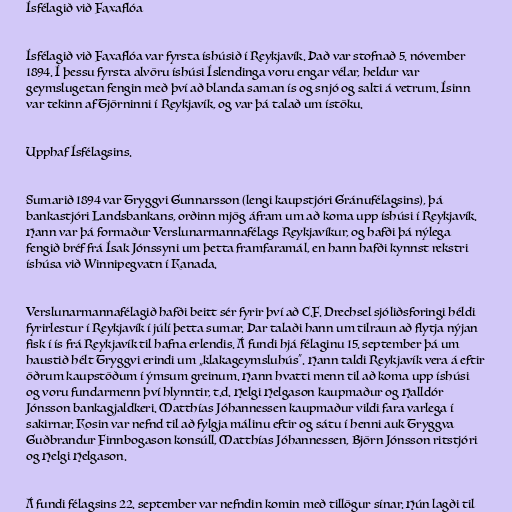
Ísfélagið við Faxaflóa

Ísfélagið við Faxaflóa var fyrsta íshúsið í Reykjavík. Það var stofnað 5. nóvember
1894. Í þessu fyrsta alvöru íshúsi Íslendinga voru engar vélar, heldur var
geymslugetan fengin með því að blanda saman ís og snjó og salti á vetrum. Ísinn
var tekinn af Tjörninni í Reykjavík, og var þá talað um ístöku.

Upphaf Ísfélagsins.

Sumarið 1894 var Tryggvi Gunnarsson (lengi kaupstjóri Gránufélagsins), þá
bankastjóri Landsbankans, orðinn mjög áfram um að koma upp íshúsi í Reykjavík.
Hann var þá formaður Verslunarmannafélags Reykjavíkur, og hafði þá nýlega
fengið bréf frá Ísak Jónssyni um þetta framfaramál, en hann hafði kynnst rekstri
íshúsa við Winnipegvatn í Kanada.

Verslunarmannafélagið hafði beitt sér fyrir því að C.F. Drechsel sjóliðsforingi héldi
fyrirlestur í Reykjavík í júlí þetta sumar. Þar talaði hann um tilraun að flytja nýjan
fisk í ís frá Reykjavík til hafna erlendis. Á fundi hjá félaginu 15. september þá um
haustið hélt Tryggvi erindi um „klakageymsluhús“. Hann taldi Reykjavík vera á eftir
öðrum kaupstöðum í ýmsum greinum. Hann hvatti menn til að koma upp íshúsi
og voru fundarmenn því hlynntir, t.d. Helgi Helgason kaupmaður og Halldór
Jónsson bankagjaldkeri. Matthías Jóhannessen kaupmaður vildi fara varlega í
sakirnar. Kosin var nefnd til að fylgja málinu eftir og sátu í henni auk Tryggva
Guðbrandur Finnbogason konsúll, Matthías Jóhannessen, Björn Jónsson ritstjóri
og Helgi Helgason.

Á fundi félagsins 22. september var nefndin komin með tillögur sínar. Hún lagði til